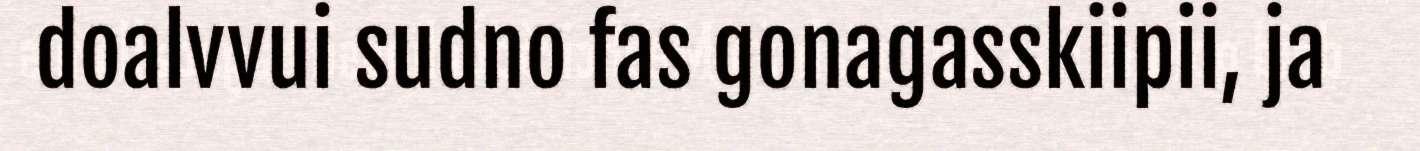
doalvvui sudno fas gonagasskiipii, ja